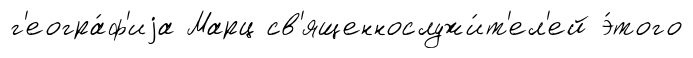
г'еогра́ф'иjа Марц св'ященнослужи́т'ел'ей э́того